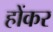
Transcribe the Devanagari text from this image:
होंकर